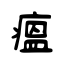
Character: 瘟